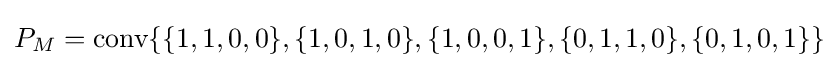
P_{M}={\text{conv}}\{\{1,1,0,0\},\{1,0,1,0\},\{1,0,0,1\},\{0,1,1,0\},\{0,1,0,1\}\}